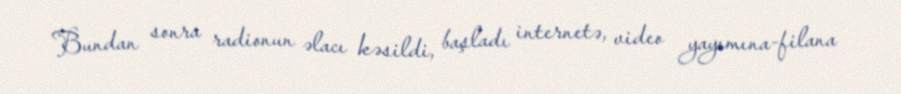
Bundan sonra radionun əlacı kəsildi, başladı internetə, video yayımına-filana